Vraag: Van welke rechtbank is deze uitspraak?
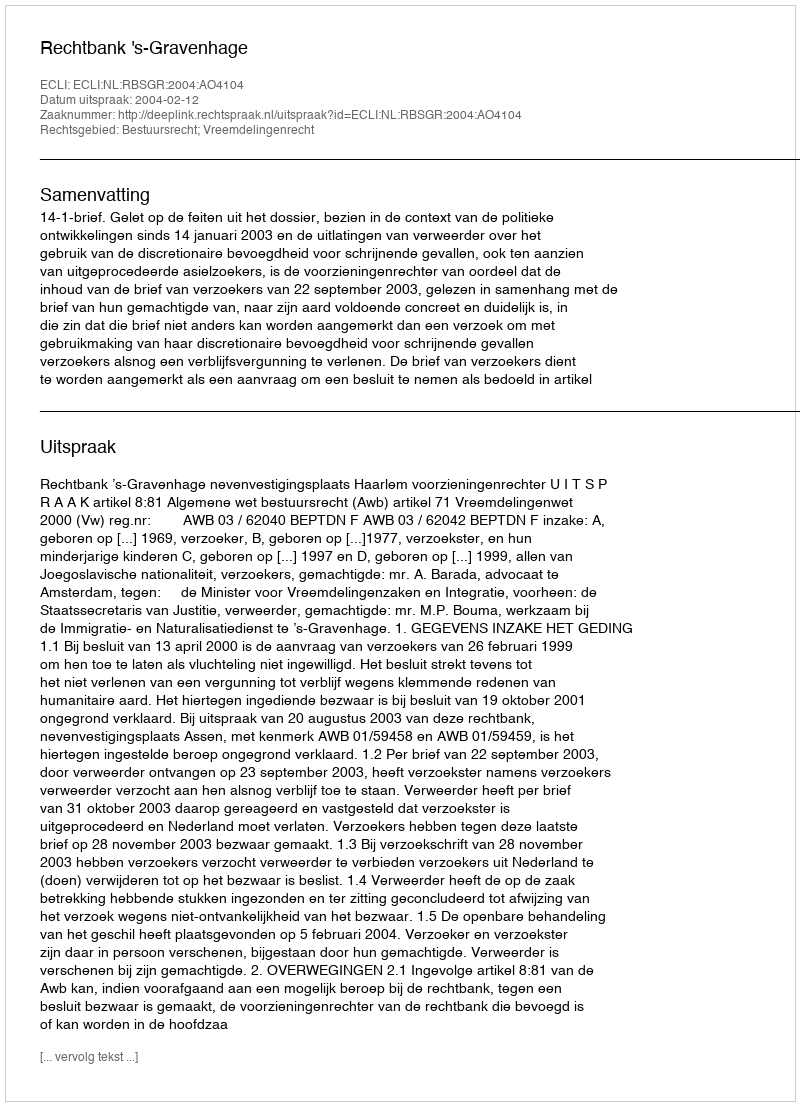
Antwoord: Rechtbank 's-Gravenhage